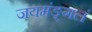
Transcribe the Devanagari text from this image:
जयमंङ्गलं